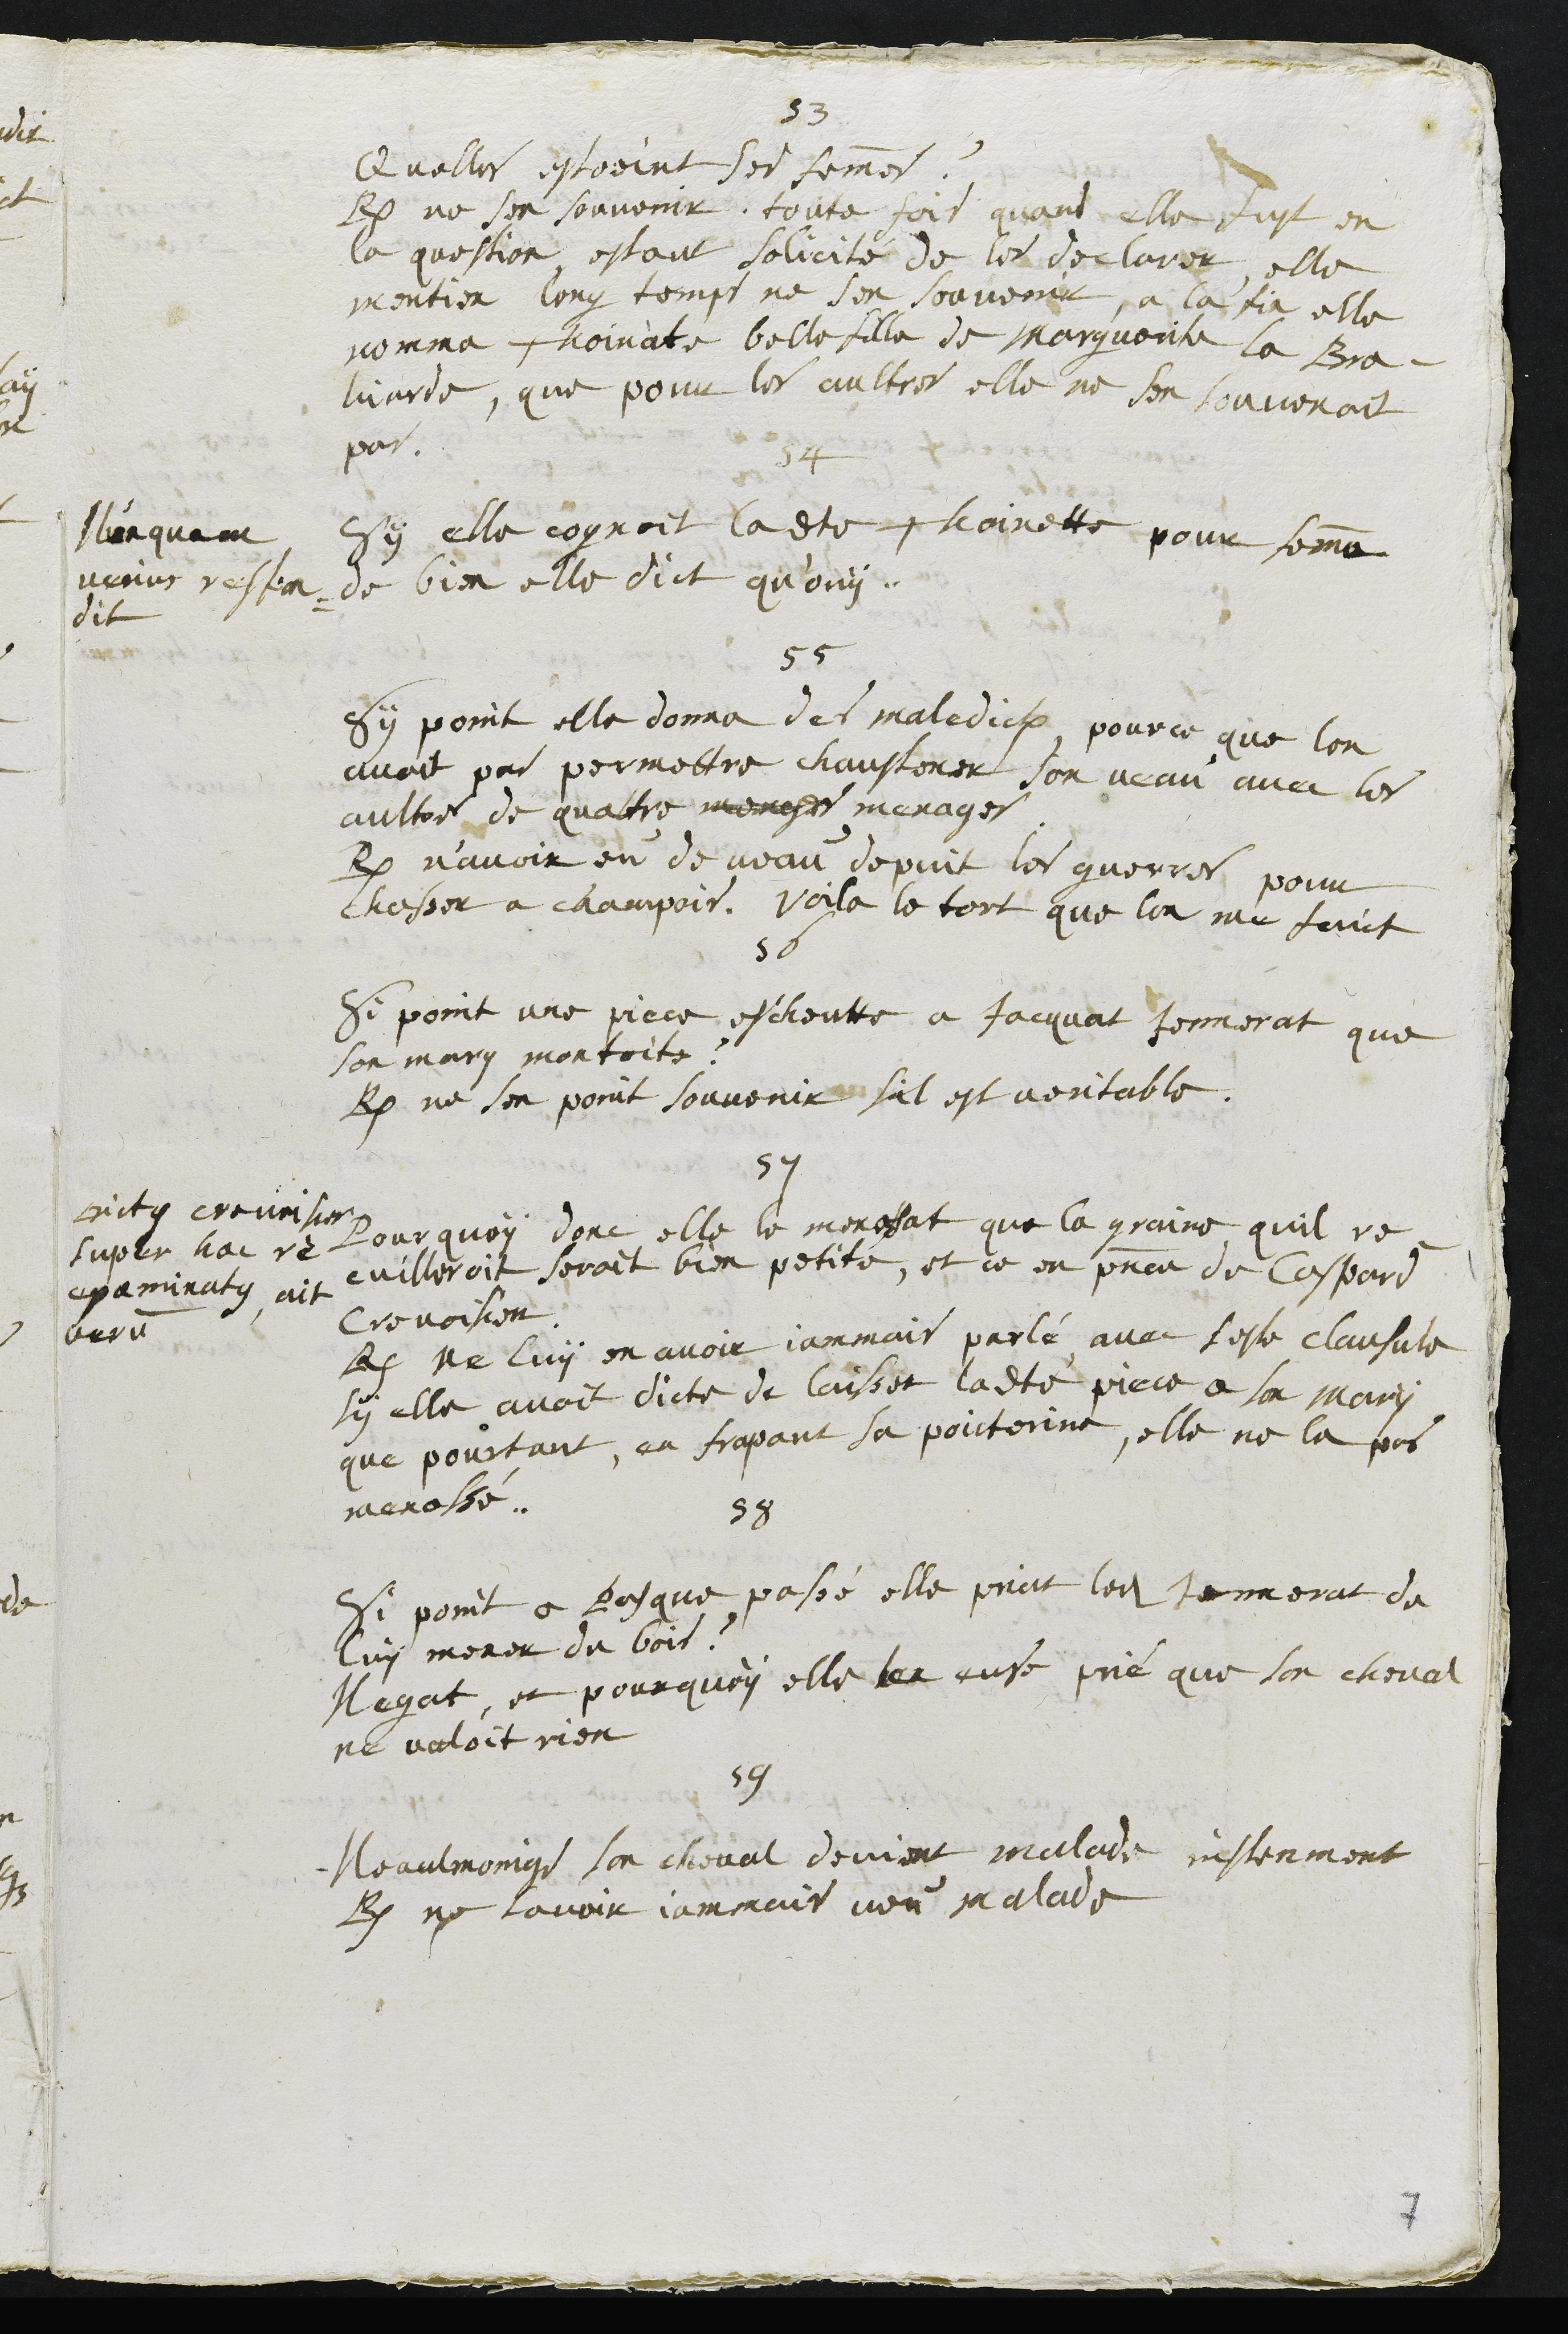
53
Quelles estoient ses femmes ?
R. ne sen souvenir, toute fois quant elle fust en
la question estant solicité de les declarer, elle
mentien long temps ne sen souvenir, a la fin elle
nomma Thoinate belle fille de Marguerite la Bra¬
hiarde, que pour les aultres elle ne sen souvenoit
pas.
54
Sy elle cognoit ladite Thoinette pour femme
de bien elle dict qu'ouy.
Nunquam
minus respon¬
dit
55
Sy point elle donna des maledictions, pource que lon
avoit pas permettre chaustoner son veau avec les
aultres de quatre meneses menages
R. n'avoir eu de veau depuis les guerres pour
chasser a champois, Voila le tort que lon me faict
56
Si point une piece escheutte a Jacquat Jennerat que
son mary montoite ?
R. ne sen point souvenir sil est veritable.
57
Pourquoy donc elle le menessat que la graine quil re¬
cuilleroit seroit bien petite, et ce en presence de Caspard
Crevoisier
R. ne lui en avoir jamais parlé avec seste clausule
sy elle avoit dicte de laisser ladite piece a son mary
que pourtant, en frapant sa poicterine, elle ne la pas
menassé.
Dictus crevoisier
super hac re
examinatus ait
verum
58
Si point a Pasque passé elle priat ledit Jennerat de
luy mener du bois ?
Negat, et pourquoy elle len euse prié que son cheval
ne valoit rien
59
Neaulmoings son cheval devient malade, instenment
R. ne lavoir jammais veu malade
7